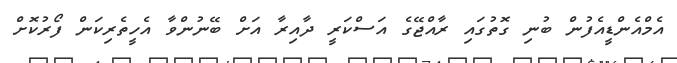
އެމްއެންޑީއެފުން ބުނި ގޮތުގައި ރާއްޖޭގެ އަސްކަރީ ދާއިރާ އަށް ބޭނުންވާ އެހީތެރިކަން ފޯރުކޮށް